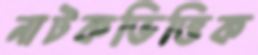
নাটকভিত্তিক